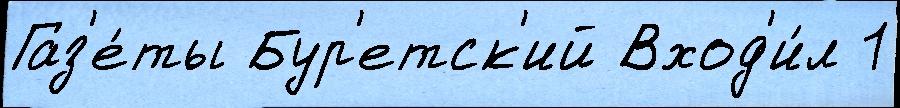
Газ'е́ты Бур'етск'ий Вход'и́л 1